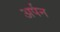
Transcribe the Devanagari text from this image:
अर्पन